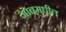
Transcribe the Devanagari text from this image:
जाबमधील